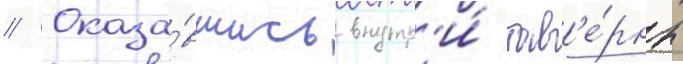
// Оказа́вшись внутр'и́ тав'е́рны